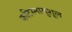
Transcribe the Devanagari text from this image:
कटिस्नायुशूल